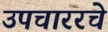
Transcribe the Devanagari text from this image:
उपचाररचे